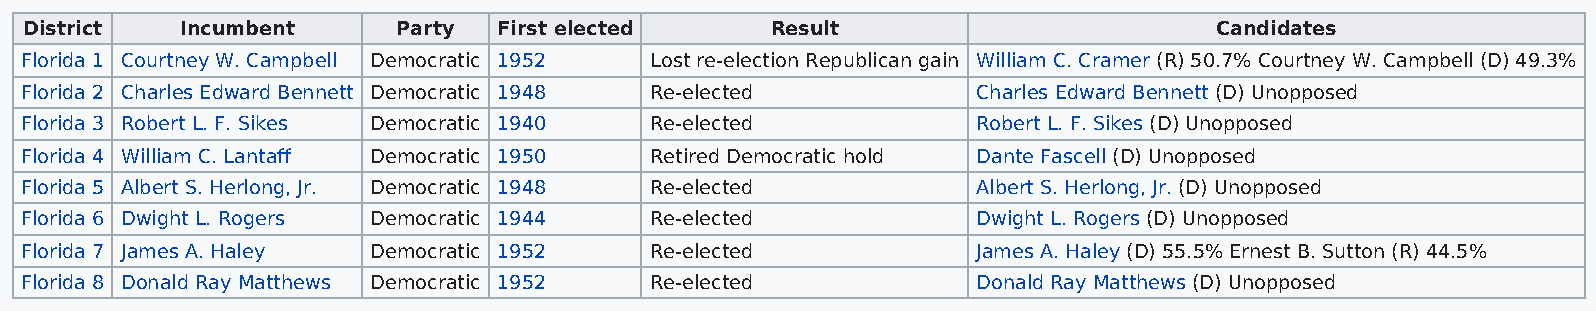
District  Incumbent     Party  First elected     Result                       Candidates
 Florida 1 Courtney W. Campbell Democratic 1952 Lost re-election Republican gain William C. Cramer (R) 50.7% Courtney W. Campbell (D) 49.3%
 Florida 2 Charles Edward Bennett Democratic 1948 Re-elected     Charles Edward Bennett (D) Unopposed
 Florida 3 Robert L. F. Sikes Democratic 1940 Re-elected         Robert L. F. Sikes (D) Unopposed
 Florida 4 William C. Lantaff Democratic 1950 Retired Democratic hold Dante Fascell (D) Unopposed
 Florida 5 Albert S. Herlong, Jr. Democratic 1948 Re-elected     Albert S. Herlong, Jr. (D) Unopposed
 Florida 6 Dwight L. Rogers Democratic 1944 Re-elected           Dwight L. Rogers (D) Unopposed
 Florida 7 James A. Haley Democratic 1952  Re-elected            James A. Haley (D) 55.5% Ernest B. Sutton (R) 44.5%
 Florida 8 Donald Ray Matthews Democratic 1952 Re-elected        Donald Ray Matthews (D) Unopposed